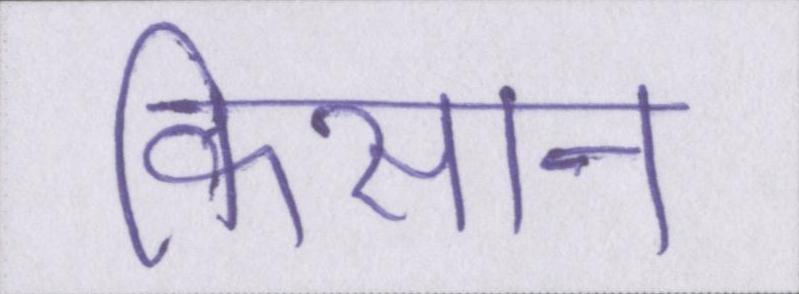
किसान